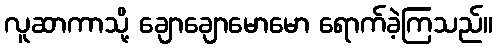
လူဆာကာသို့ ချောချောမောမော ရောက်ခဲ့ကြသည်။